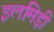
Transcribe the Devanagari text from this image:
इलमिड़ी